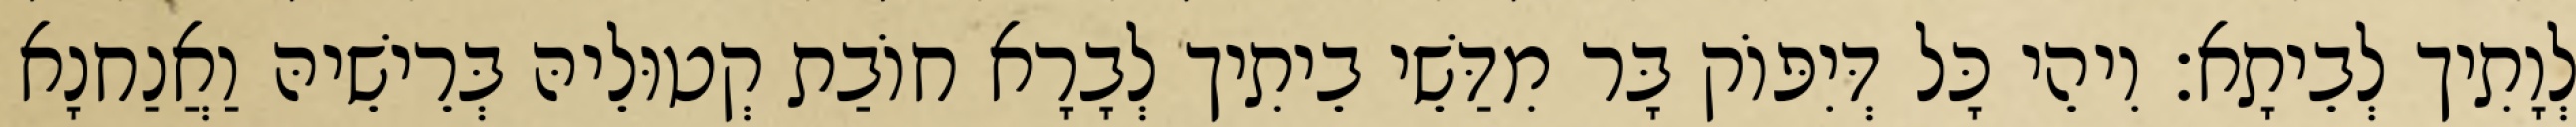
לְוָתִיך לְבֵיתָא׃ וִיהֵי כָּל דְּיִפּוֹק בָּר מִדַּשֵׁי בֵיתִיך לְבָרָא חוֹבַת קְטוּלֵיהּ בְּרֵישֵׁיהּ וַאֲנַחנָא